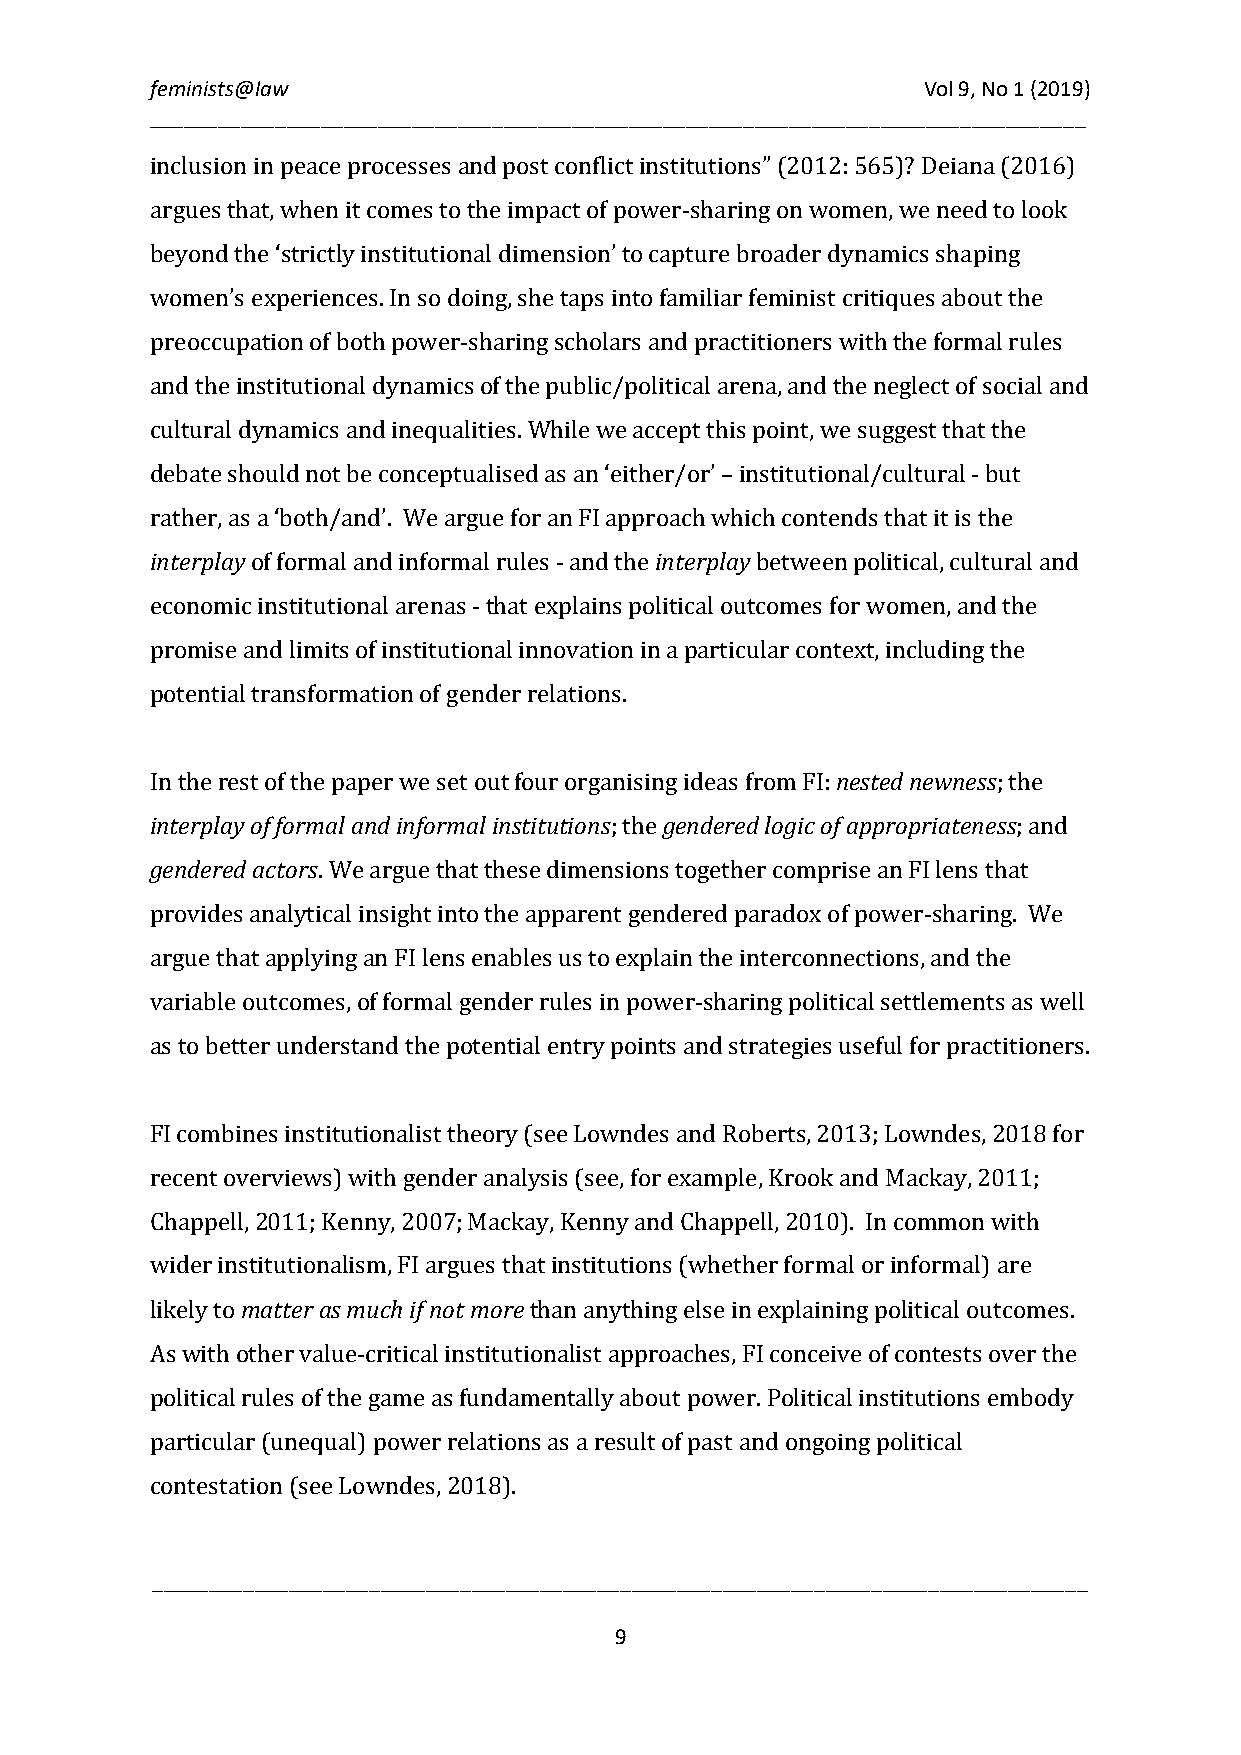
feminists@law                                      Vol 9, No 1 (2019)
 __________________________________________________________________________________
 inclusion in peace processes and post conflict institutions” (2012: 565)? Deiana (2016)
 argues that, when it comes to the impact of power-sharing on women, we need to look
 beyond the ‘strictly institutional dimension’ to capture broader dynamics shaping
 women’s experiences. In so doing, she taps into familiar feminist critiques about the
 preoccupation of both power-sharing scholars and practitioners with the formal rules
 and the institutional dynamics of the public/political arena, and the neglect of social and
 cultural dynamics and inequalities. While we accept this point, we suggest that the
 debate should not be conceptualised as an ‘either/or’ – institutional/cultural - but
 interplay                        interplay
 rather, as a ‘both/and’. We argue for an FI approach which contends that it is the
 of formal and informal rules - and the between political, cultural and
 economic institutional arenas - that explains political outcomes for women, and the
 promise and limits of institutional innovation in a particular context, including the
 potential transformation of gender relations.
 nested newness
 interplay of formal and informal institutions gendered logic of appropriateness
 In the rest of the paper we set out four organising ideas from FI: ; the
 gendered actors
 ; the                      ; and
 . We argue that these dimensions together comprise an FI lens that
 provides analytical insight into the apparent gendered paradox of power-sharing. We
 argue that applying an FI lens enables us to explain the interconnections, and the
 variable outcomes, of formal gender rules in power-sharing political settlements as well
 as to better understand the potential entry points and strategies useful for practitioners.
 FI combines institutionalist theory (see Lowndes and Roberts, 2013; Lowndes, 2018 for
 recent overviews) with gender analysis (see, for example, Krook and Mackay, 2011;
 Chappell, 2011; Kenny, 2007; Mackay, Kenny and Chappell, 2010). In common with
 matteras much if not more
 wider institutionalism, FI argues that institutions (whether formal or informal) are
 likely to                than anything else in explaining political outcomes.
 As with other value-critical institutionalist approaches, FI conceive of contests over the
 political rules of the game as fundamentally about power. Political institutions embody
 particular (unequal) power relations as a result of past and ongoing political
 contestation (see Lowndes, 2018).
 __________________________________________________________________________________
 9